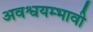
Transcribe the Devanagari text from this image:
अवश्वयम्भावी